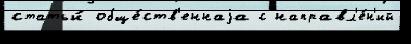
статьи́ обще́ств'еннаjа с направл'е́н'ий